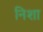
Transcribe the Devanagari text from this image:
निशा